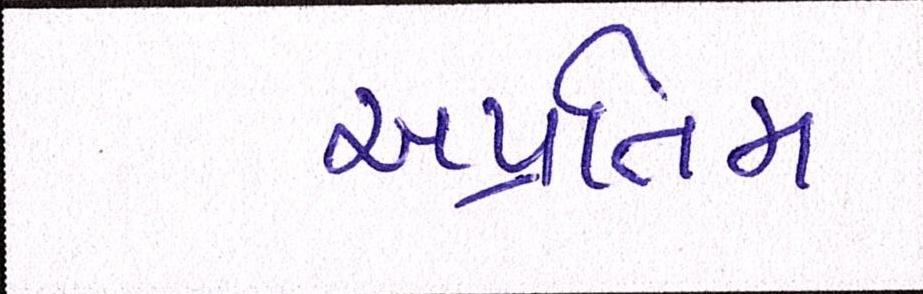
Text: અપ્રતિમ